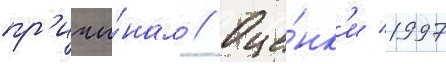
пр'ичи́нам // Оце́нк'и 1997